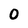
Character: 0